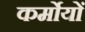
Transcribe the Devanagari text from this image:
कर्मोयों